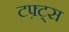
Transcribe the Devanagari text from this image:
टफ़्ट्स